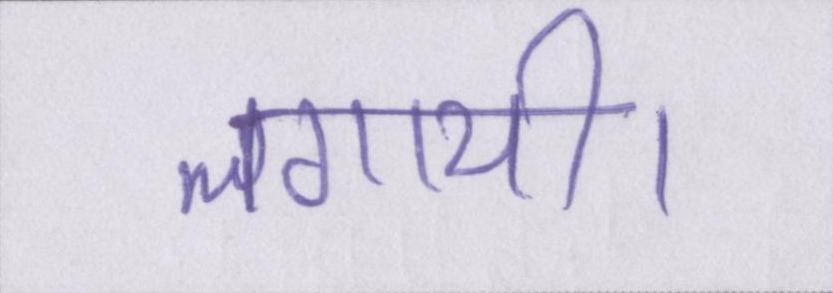
लगायी।